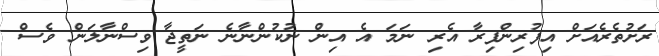
ރަށުތެރެއަށް އިފުރިންފިރާ އެރި ނަމަ އެ އިން ނުކުންނާނެ ނަތީޖާ ވިސްނާލަން ވެސް